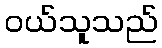
ဝယ်သူသည်